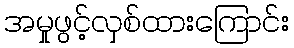
အမှုဖွင့်လှစ်ထားကြောင်း